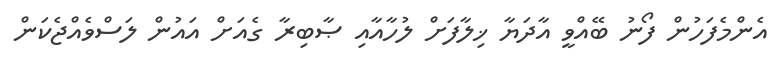
އެންމެފަހުން ފޯނު ބޭއްވީ އާދަޔާ ޚިލާފަށް ލުހާއާއި ޞާބިރާ ގެއަށް އައުން ލަސްވެއްޖެކަން